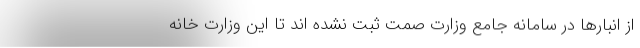
از انبارها در سامانه جامع وزارت صمت ثبت نشده اند تا این وزارت خانه